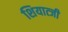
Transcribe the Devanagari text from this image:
शियात्जी